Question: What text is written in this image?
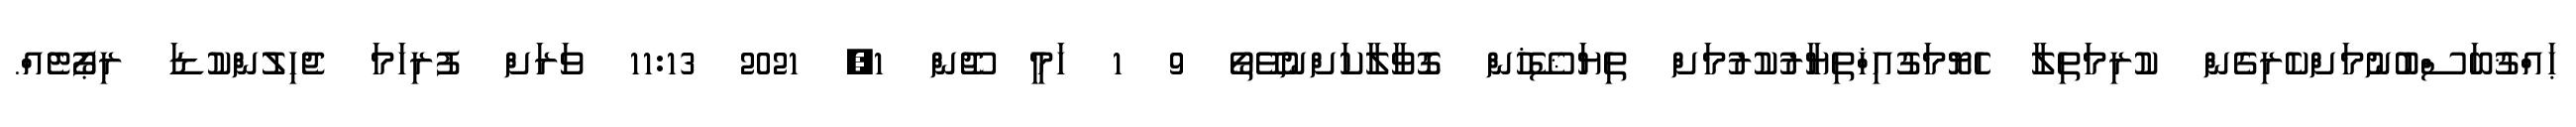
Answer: ޙައްޤުބަސްބުނުމަށްކެރިގެން ކުރިމަތިލާ ހެޔޮމަގުއިޚްތިޔާރުކުރުމަށް ތިޔަޝޭޚުން ގޮވާލާކަށްނުވޭތޯ 9 1 ހަމީ ޖޫން 1, 2021 11:13 ވަރަށް ފުރިހަމަ ޖެހިލުންކުޑަ ރިޕޯޓެއް.